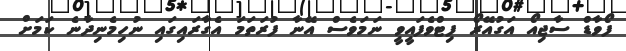
ފޯވާޑް ސާޖިއޯ އަގުއޭރޯ ފިޓްވެފައީވީ ނަމަވެސް އޭނާ ފުރަތަމަ އެގާރައިގައި ނުހިމެނިދާނެ ކަމަށް